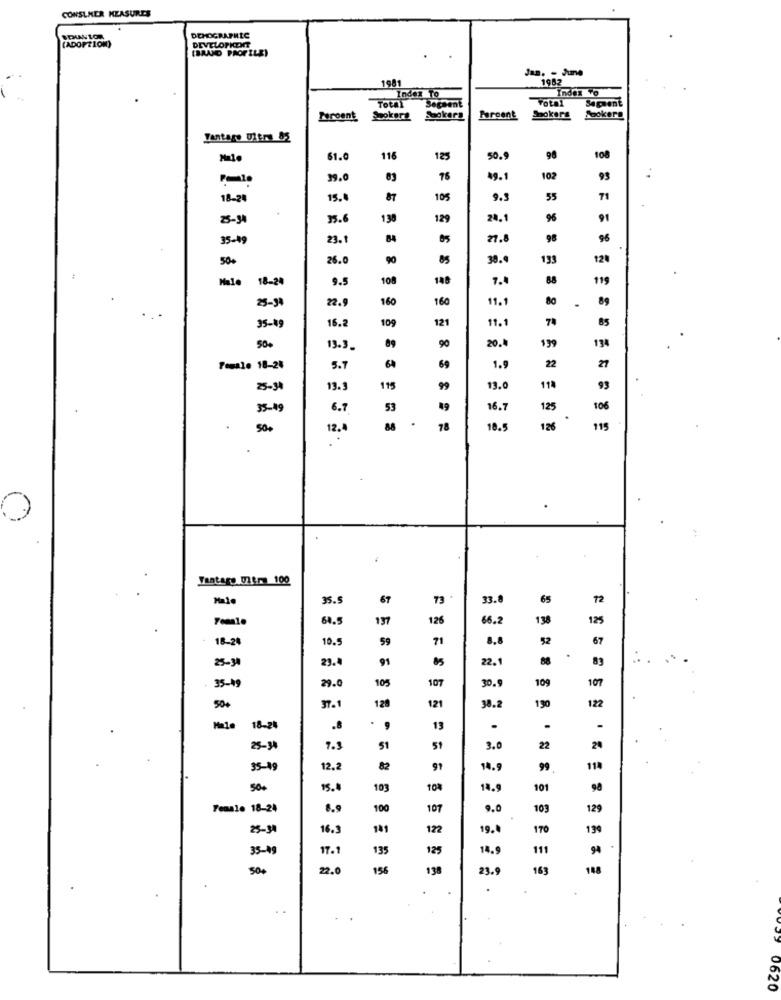
CONSUMER MEASURES
DEMOGRAPHIC
(ADOPTION)
DEVELOPKENNT
(BRAND PROFILE)
Jan. - June
1981
1982
Index To
Index vo
Total
Segment
Sapsent
votal
Peroent
Spokera
Saokers
Faroent
Smokers Sookers
Tantago Ultra 85
61.0
116
125
50.9
98
108
1
99.
98
19.1
102
93
18-24
15.
87
105
9.5
55
71
25-34
35.
138
129
24.1
96
91
35-49
23.
84
27.8
98
96
50%
26.0
90
85
38.4
133
124
18-2
9.5
100
148
7.4
8.8
119
22.9
160
160
11.1
80
.
89
25-9
16.2
109
121
11.1
74
85
35-19
20.4
199
50.
13.3
90
134
Female 18-24
5.7
64
69
1.9
22
25-3
13.
115
99
13.0
11%
35-49
6.7
53
49
16.7
125
106
50+
12.
88
78
18.5
126
115
.
Vantage Ultra 100
35.5
67
73
33.
65
12
64.5
197
126
66.2
138
125
18-24
10.5
59
71
8.8
52
25-34
23.
91
22.
88
83
35-49
29.0
105
107
30.
109
107
128
121
190
122
50€
37.1
38.2
.
Ma1
18-75
.8
9
13
25-34
7.3
51
51
3.0
22
20
35-19
12.2
82
91
14.9
99
114
500
15.0
103
10%
14.9
101
98
Female 18-24
8.9
100
107
9.0
103
129
25-34
16.3
141
122
19.
170
199
35-09
17.1
135
125
14.9
111
94
500
22.0
156
138
23.9
163
148
. .
0620